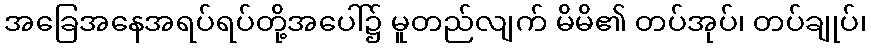
အခြေအနေအရပ်ရပ်တို့အပေါ်၌ မူတည်လျက် မိမိ၏ တပ်အုပ်၊ တပ်ချုပ်၊